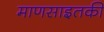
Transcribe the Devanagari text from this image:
माणसाइतकी